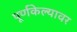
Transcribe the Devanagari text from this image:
पूर्णकेल्यावर